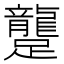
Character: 𨇘